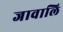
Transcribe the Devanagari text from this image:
जावालि